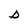
Character: D